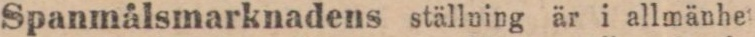
Spanmålsmarknadens ställning är i allmänhet